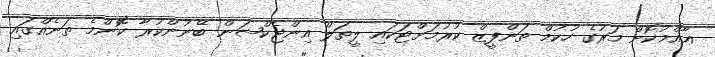
ޢާއްމުކޮށް މަރުގެ ހުކުމް ތަންފީޒް ކުރުމަށްޓަކައި ލީތަލް އިންޖެކްޝަން ބޭނުންކުރާ ކޮންމެ ތަނެއްގައި